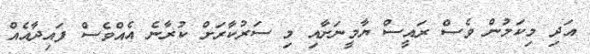
އަދި މިކަމުން ވެސް ރައީސް ޔާމީނަށާއި މި ސަރުކާރަށް ކުރާނެ އެއްވެސް ފައިދާއެއް